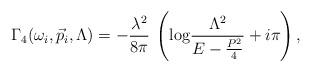
LaTeX: \begin{align*}\Gamma_4(\omega_i, \vec{p}_i,\Lambda)=- \frac{\lambda^2}{8 \pi} \: \left( \mbox{log} \frac{\Lambda^2}{E-\frac{P^2}{4}} + i \pi \right),\end{align*}